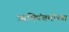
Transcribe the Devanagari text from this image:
ऋषिपंचमीच्या